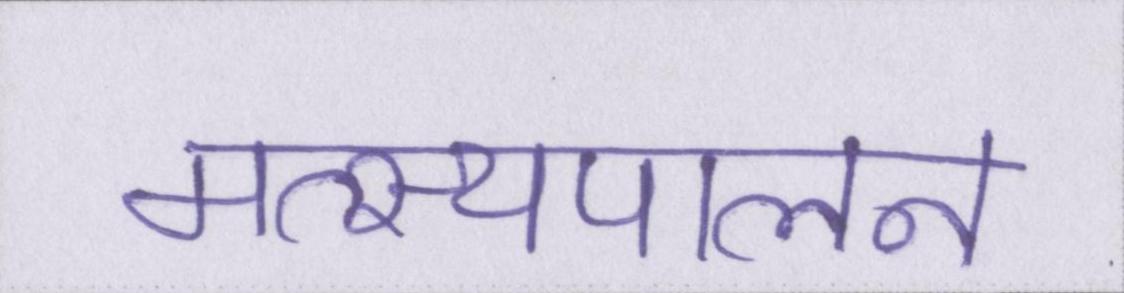
मत्स्यपालन